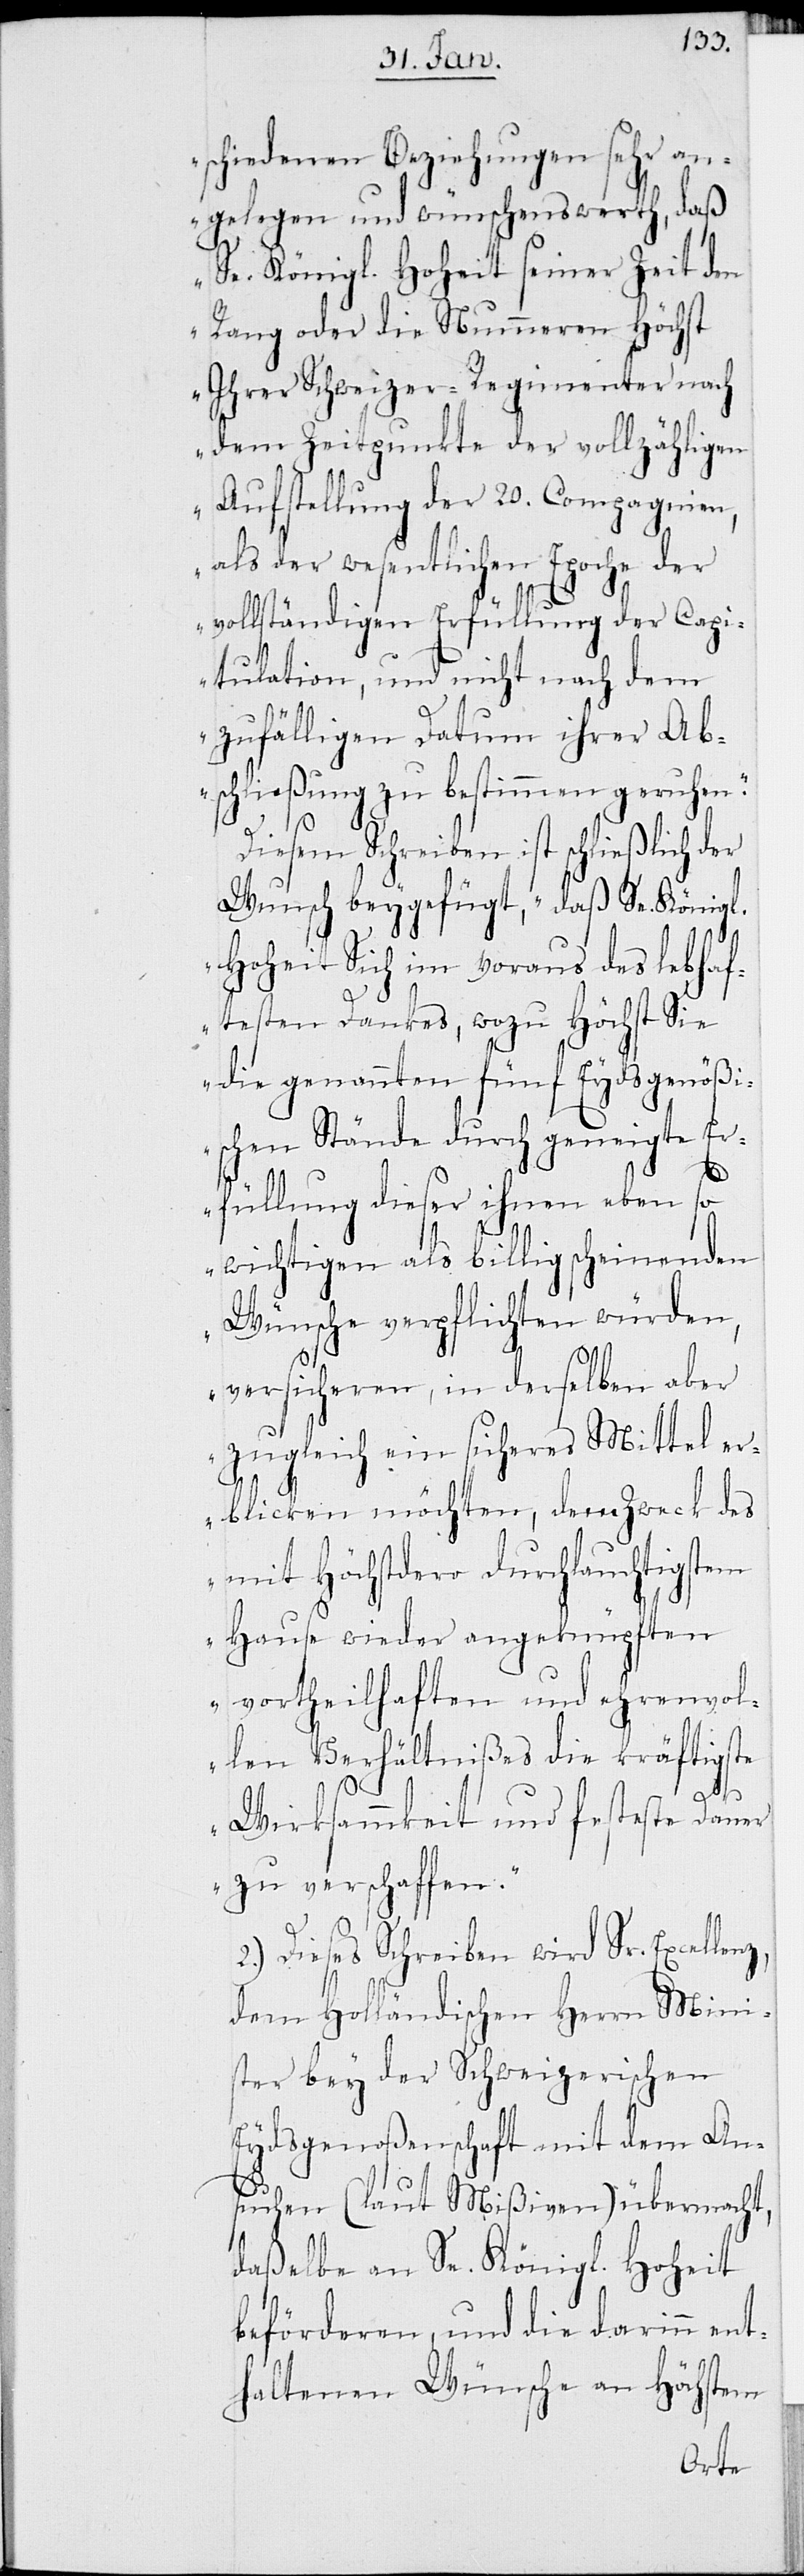
schiedenen Beziehungen sehr an¬
gelegen und wünschenswerth, daß
Se. Königl. Hoheit seiner Zeit den
Rang oder die Nummeren Höchst
Ihrer Schweizer-Regimenter nach
dem Zeitpunkte der vollzähligen
Aufstellung der 20. Compagnien,
als der wesentlichen Epoche der
vollständigen Erfüllung der Capi¬
tulation, und nicht nach dem
zufälligen Datum ihrer Ab¬
schließung zu bestimmen geruhen.“
Diesem Schreiben ist schließlich der
Wunsch beygefügt, „daß Se. Königl.
Hoheit Sich im voraus des lebhaf¬
z,
testen Dankes, wozu Höchst Sie
die genannten fünf Eydsgenößi¬
schen Stände durch geneigte E¬
rfüllung dieser ihnen eben so
wichtigen als billig scheinenden
Wünsche verpflichten würden,
versicheren, in derselben aber
zugleich ein sicheres Mittel er¬
blicken möchten, dem Zweck des
mit Höchstdero durchlauchtigstem
Hause wieder angeknüpften
vortheilhaften und ehrenvol¬
len Verhältnißes die kräftigste
Wirksammkeit und festeste Dauer
zu verschaffen.“
Dieses Schreiben wird Sr. Excellen¬
dem Holländischen Herrn Mini¬
ster bey der Schweizerischen
Eydsgenoßenschaft mit dem An¬
suchen (laut Mißiven) übermacht,
daßelbe an Se. Königl. Hoheit
beförderen, und die darinn ent¬
haltenen Wünsche an Höchstem